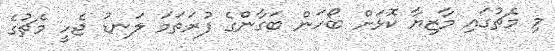
މި މެޗުގައި މާޒިޔާ ކޮޅަށް ބޯހަން ބަގާންގެ ފުރަތަމަ ލަނޑު ޖެހީ މެޗުގެ